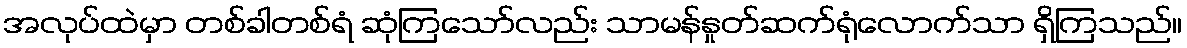
အလုပ်ထဲမှာ တစ်ခါတစ်ရံ ဆုံကြသော်လည်း သာမန်နှုတ်ဆက်ရုံလောက်သာ ရှိကြသည်။